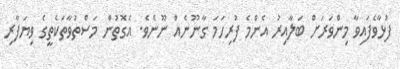
ފުޅާވެފައިވާ މިންވަރަށް ބަލާއިރު އެންމެ ފުރިހަމަ ގާނޫނެއް ނޫނެވެ. އެގޮތުން މަސްތުވާތަކެތީގެ ވިޔަފާރި